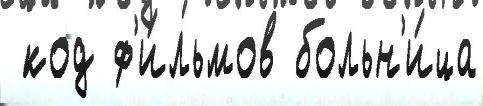
 код ф'и́льмов больн'и́ца